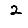
Digit: 2